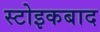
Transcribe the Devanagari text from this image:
स्टोइकबाद